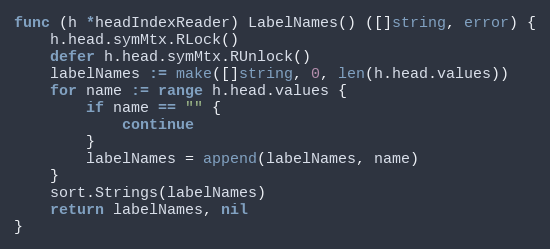
Language: Go
func (h *headIndexReader) LabelNames() ([]string, error) {
	h.head.symMtx.RLock()
	defer h.head.symMtx.RUnlock()
	labelNames := make([]string, 0, len(h.head.values))
	for name := range h.head.values {
		if name == "" {
			continue
		}
		labelNames = append(labelNames, name)
	}
	sort.Strings(labelNames)
	return labelNames, nil
}